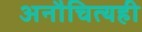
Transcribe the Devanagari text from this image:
अनौचित्यही